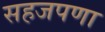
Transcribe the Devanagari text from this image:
सहजपणा